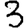
Digit: 3